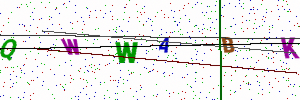
Text: QWWABK